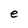
Character: e